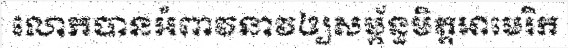
លោកបានអំពាវនាវឲ្យសម្ព័ន្ធមិត្តអាមេរិក